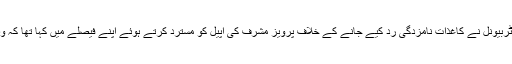
راولپنڈی کے ایک الیکشن ٹربیونل نے کاغذات نامزدگی رد کیے جانے کے خلاف پرویز مشرف کی اپیل کو مسترد کرتے ہوئے اپنے فیصلے میں کہا تھا کہ وہ صادق اور امین نہیں ہیں۔